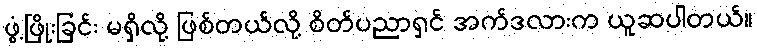
ဖွံ့ဖြိုးခြင်း မရှိလို့ ဖြစ်တယ်လို့ စိတ်ပညာရှင် အက်ဒလားက ယူဆပါတယ်။